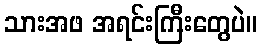
သားအဖ အရင်းကြီးတွေပဲ။